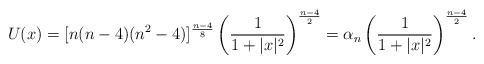
LaTeX: \begin{align*}U(x)= [n(n-4)(n^2-4)]^{\frac{n-4}{8}} \left(\dfrac{1}{1+|x|^2}\right)^{\frac{n-4}{2}}=\alpha_n \left(\dfrac{1}{1+|x|^2}\right)^{\frac{n-4}{2}}.\end{align*}